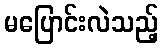
မပြောင်းလဲသည့်